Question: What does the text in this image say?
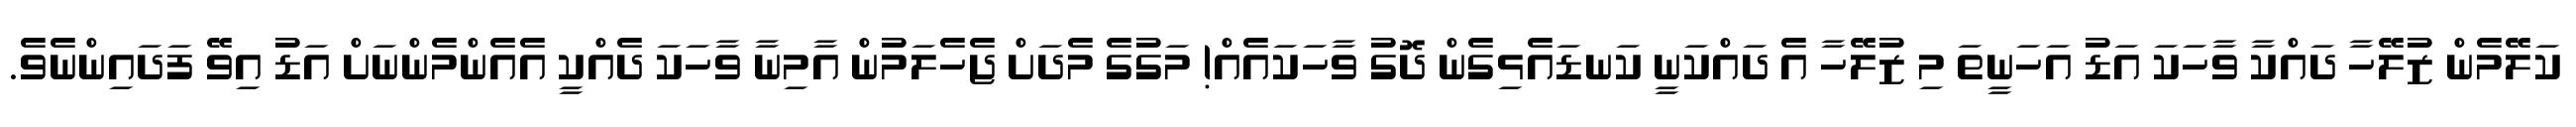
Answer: ކަލޭމެން ޒުލޭހާ ދައްކާ ވާހަކަ އަޑު އަހަނީތަ މި ޒުލޭހާ އެ ދައްކަނީ ކަނޑައެޅިގެން ދޮގު ވާހަކައެއް! މަގުގެ މެދަށް ޖެހެލަމުން އާމިނާ ވާހަކަ ދެއްކީ އެއެންމެންނަށް އަޑު އިވޭ ފަދައިންނެވެ.